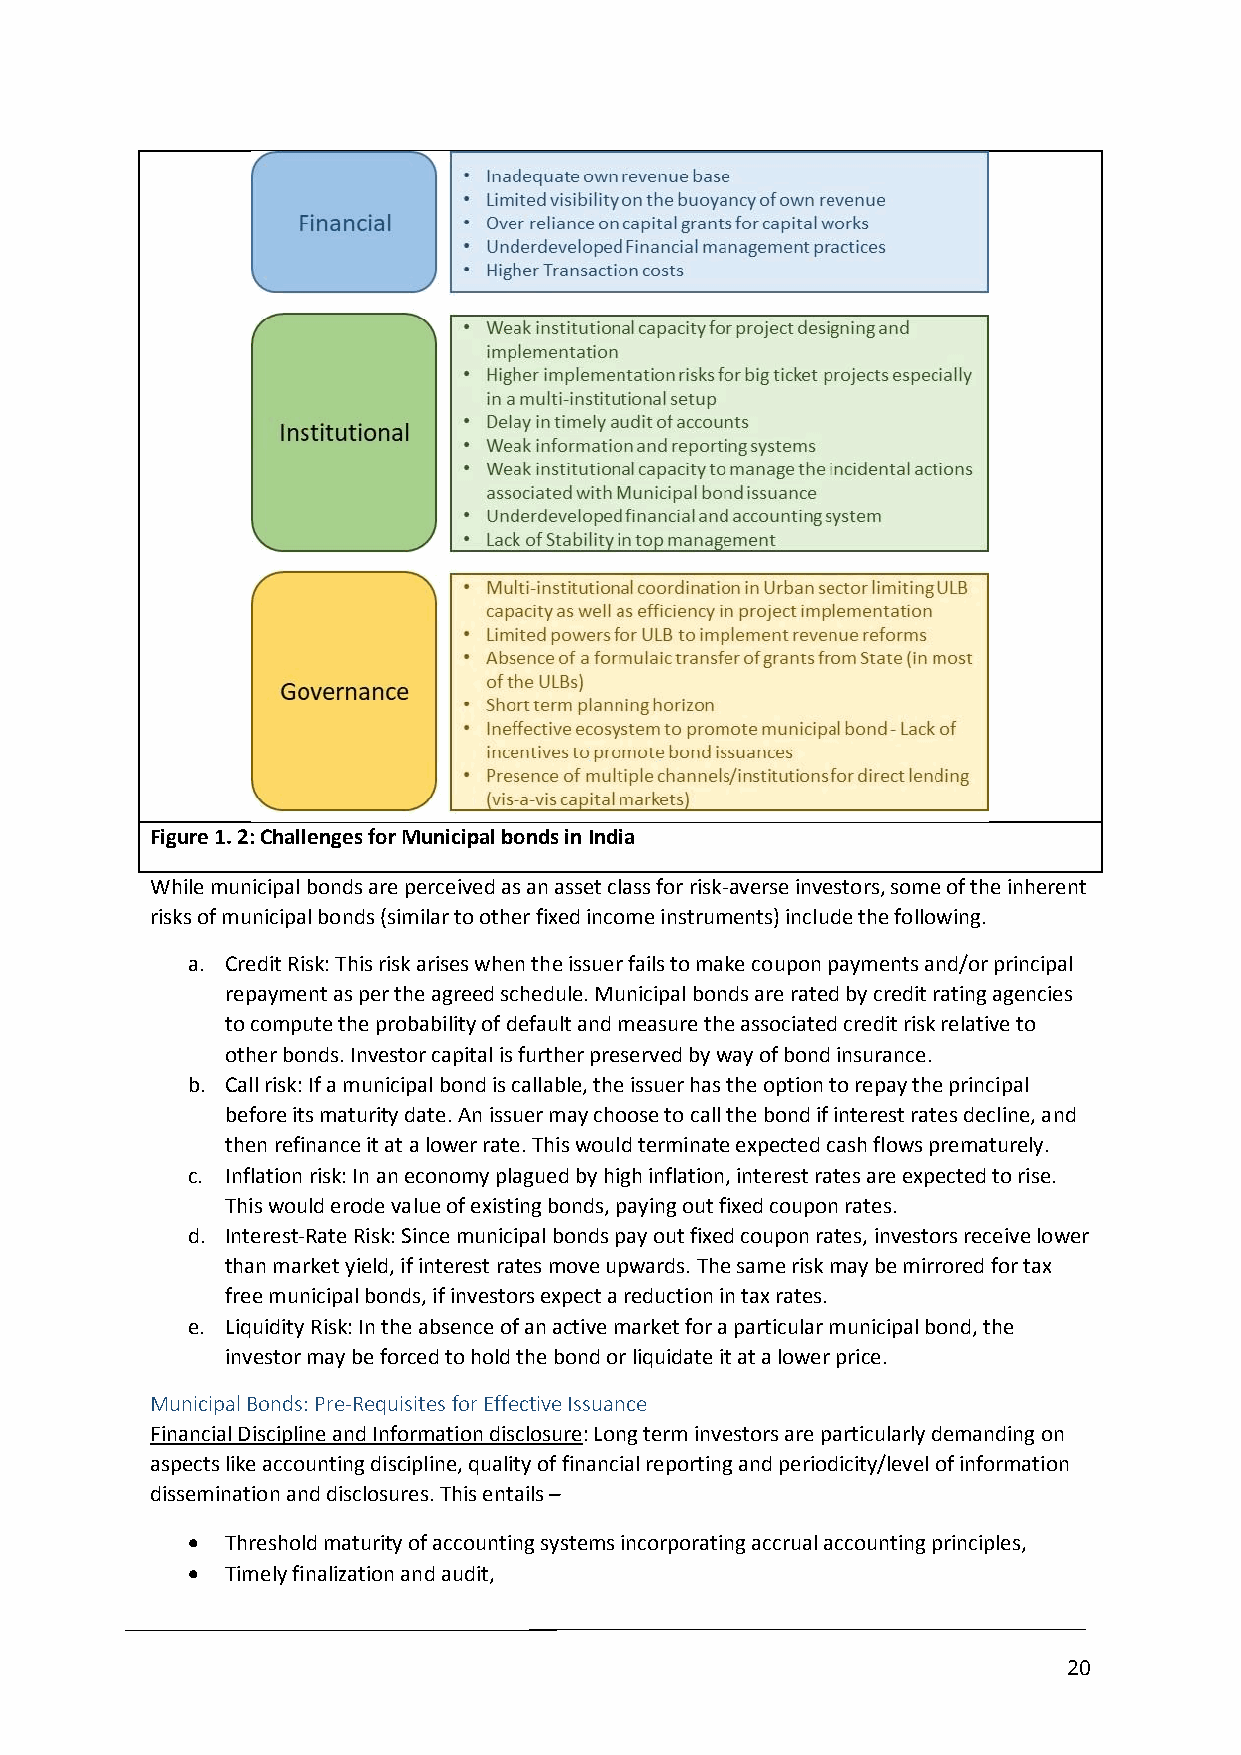
Figure 1. 2: Challenges for Municipal bonds in India
 While municipal bonds are perceived as an asset class for risk-averse investors, some of the inherent
 risks of municipal bonds (similar to other fixed income instruments) include the following.
 a. Credit Risk: This risk arises when the issuer fails to make coupon payments and/or principal
 repayment as per the agreed schedule. Municipal bonds are rated by credit rating agencies
 to compute the probability of default and measure the associated credit risk relative to
 other bonds. Investor capital is further preserved by way of bond insurance.
 b. Call risk: If a municipal bond is callable, the issuer has the option to repay the principal
 before its maturity date. An issuer may choose to call the bond if interest rates decline, and
 then refinance it at a lower rate. This would terminate expected cash flows prematurely.
 c. Inflation risk: In an economy plagued by high inflation, interest rates are expected to rise.
 This would erode value of existing bonds, paying out fixed coupon rates.
 d. Interest-Rate Risk: Since municipal bonds pay out fixed coupon rates, investors receive lower
 than market yield, if interest rates move upwards. The same risk may be mirrored for tax
 free municipal bonds, if investors expect a reduction in tax rates.
 e. Liquidity Risk: In the absence of an active market for a particular municipal bond, the
 investor may be forced to hold the bond or liquidate it at a lower price.
 Municipal Bonds: Pre-Requisites for Effective Issuance
 Financial Discipline and Information disclosure: Long term investors are particularly demanding on
 aspects like accounting discipline, quality of financial reporting and periodicity/level of information
 dissemination and disclosures. This entails –
   Threshold maturity of accounting systems incorporating accrual accounting principles,
   Timely finalization and audit,
 20